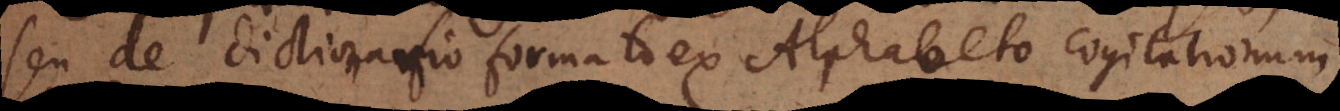
seu de dictionario formato ex Alphabeto cogitationum